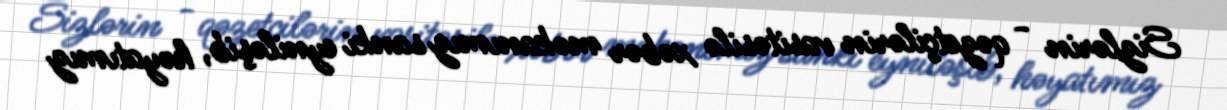
Sizlərin - qəzetçilərin vasitəsilə xəbər məkanımız sanki eyniləşib, həyatımız